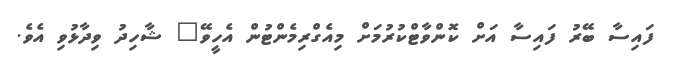
ފައިސާ ބޭރު ފައިސާ އަށް ކޮންވާޓްކުރުމަށް މިއެގްރިމެންޓުން އެހީވޭ" ޝާހިދު ވިދާޅުވި އެވެ.